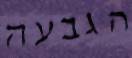
הגבעה